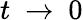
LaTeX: t~\rightarrow~0